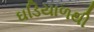
ઘડિયાળથી